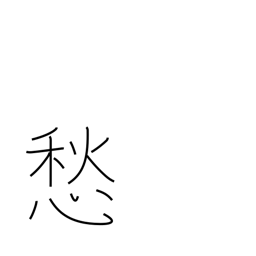
Meaning: be anxious